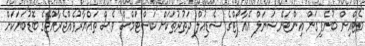
މެޓްއިން ބުނެފިގަން އިންޓަނޭޝަނަލް އެއާޕޯޓްގެ ޝެޑިއުލް ދަތުރުތަކަށް ކަސްޓަމްސް ވެސް ތައްޔާރުވެއްޖެރާއްޖޭގެ ބޮޑުބަޔަކަށް